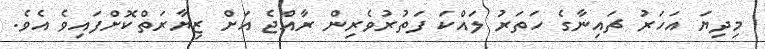
މިދިޔަ އަހަރު ޗައިނާގެ ހަތަރު ލައްކަ ފަތުރުވެރިން ރާއްޖެ އަށް ޒިޔާރަތްކޮށްފައިވެ އެވެ.